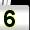
Digit: 5